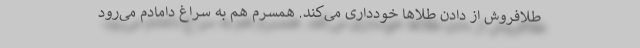
طلافروش از دادن طلا‌ها خودداری می‌کند. همسرم هم به سراغ دامادم می‌رود